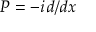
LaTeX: P = - i \, d / d x